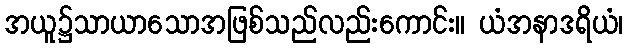
အယူ၌သာယာသောအဖြစ်သည်လည်းကောင်း။ ယံအနာဒရိယံ၊